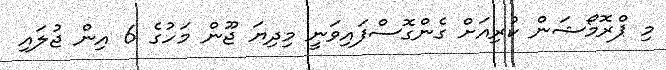
މި ޕްރޮމޯޝަން ކުރިއަށް ގެންގޮސްފައިވަނީ މިދިޔަ ޖޫން މަހުގެ 6 އިން ޖުލައި